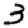
Digit: 3